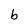
Character: b